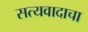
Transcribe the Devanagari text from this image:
सत्यवादाचा